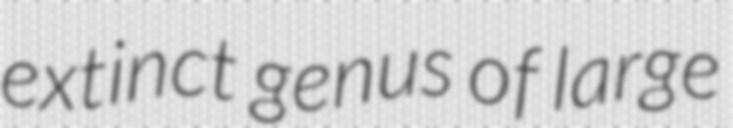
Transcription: extinct genus of large